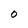
Character: O